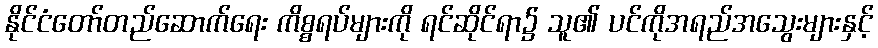
နိုင်ငံတော်တည်ဆောက်ရေး ကိစ္စရပ်များကို ရင်ဆိုင်ရာ၌ သူ၏ ပင်ကိုအရည်အသွေးများနှင့်